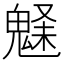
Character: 𩳗